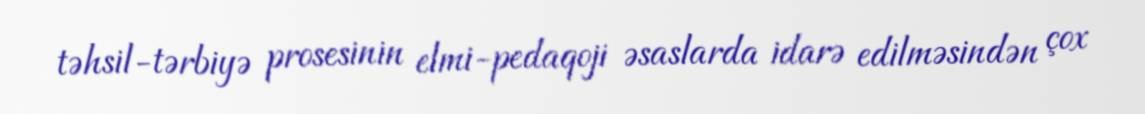
təhsil-tərbiyə prosesinin elmi-pedaqoji əsaslarda idarə edilməsindən çox